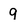
Character: 9